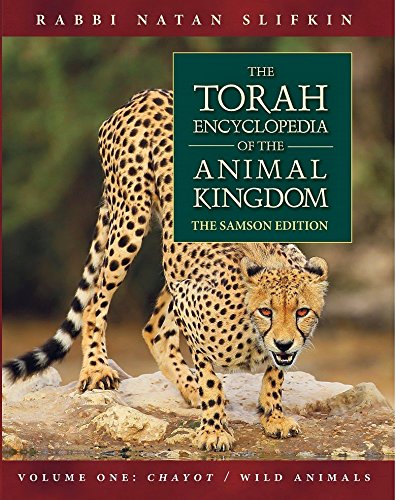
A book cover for The Torah Encyclopedia of the Animal Kingdom; Natan Slifkin; Reference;